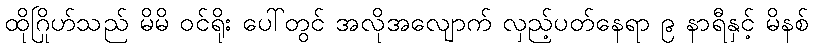
ထိုဂြိုဟ်သည် မိမိ ဝင်ရိုး ပေါ်တွင် အလိုအလျောက် လှည့်ပတ်နေရာ ၉ နာရီနှင့် မိနစ်